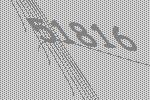
51816